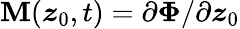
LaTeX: \mathbf{M}(\boldsymbol{z}_{0},t)=\partial\boldsymbol{\Phi}/\partial\boldsymbol{z}_{0}